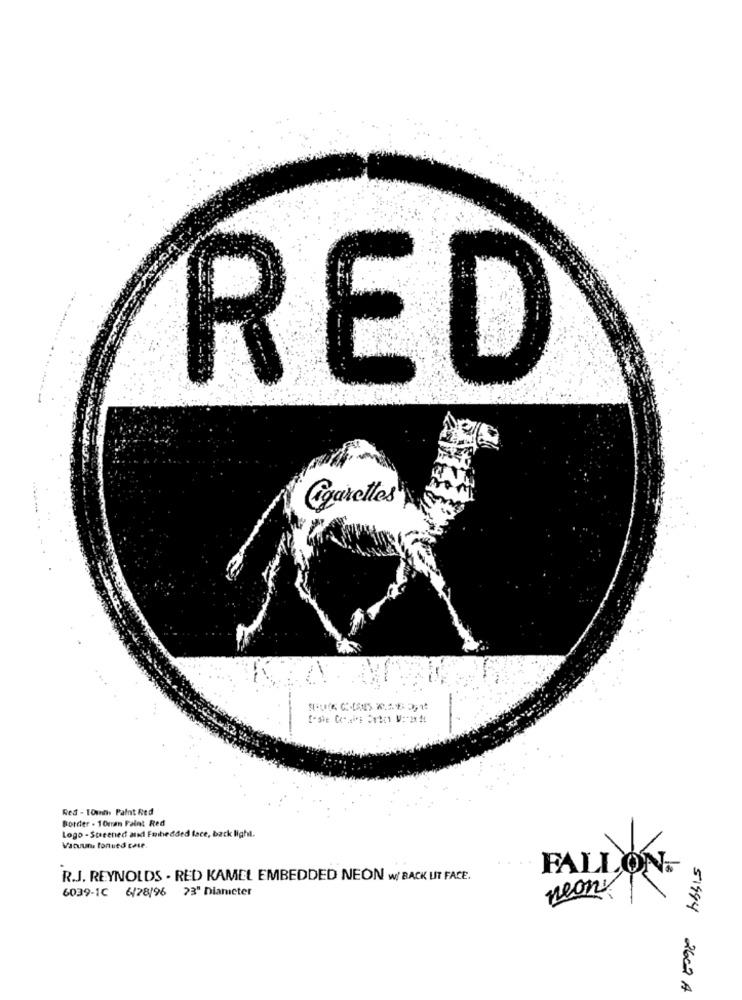
RED
.---
Cigarettes
Red - 10mh. Paint Red
Border - 10mm Faint Red
Logo - Screened and Embedded face, back light.
Vacuna tonued case.
FALLON.
R.J. REYNOLDS - RED KAMEL EMBEDDED NEON W/ BACK UIT FACE.
6039-1C 6/28/96 23" Diameter
neony
51944 2602 A